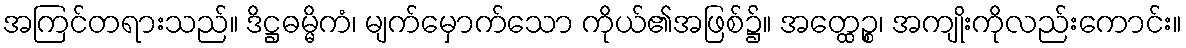
အကြင်တရားသည်။ ဒိဋ္ဌဓမ္မိကံ၊ မျက်မှောက်သော ကိုယ်၏အဖြစ်၌။ အတ္ထေဉ္စ၊ အကျိုးကိုလည်းကောင်း။